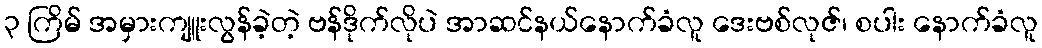
၃ ကြိမ် အမှားကျူးလွန်ခဲ့တဲ့ ဗန်ဒိုက်လိုပဲ အာဆင်နယ်နောက်ခံလူ ဒေးဗစ်လုဇ်၊ စပါး နောက်ခံလူ